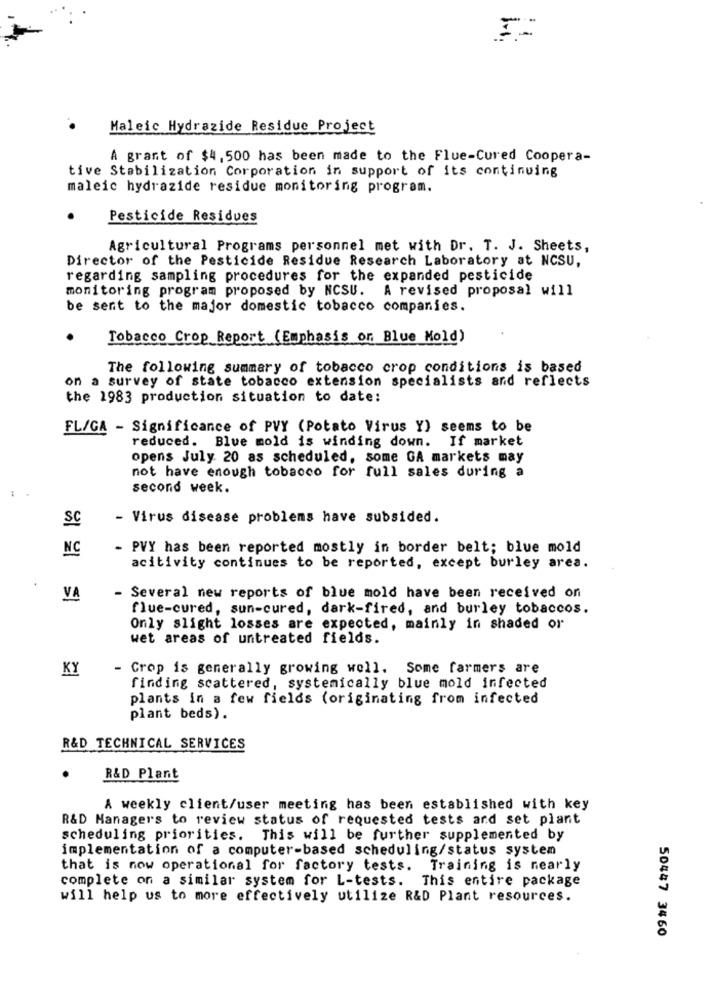
Maleic Hydrazide Residue Project
A grant of $4,500 has been made to the Flue-Cured Coopera-
tive Stabilization Corporation in support of its continuing
maleic hydrazide residue monitoring program.
Pesticide Residues
Agricultural Programs personnel met with Dr. T. J. Sheets,
Director of the Pesticide Residue Research Laboratory at NCSU,
regarding sampling procedures for the expanded pesticide
monitoring program proposed by NCSU. A revised proposal will
be sent to the major domestic tobacco companies.
Tobacco Crop Report (Emphasis on Blue Mold)
The following summary of tobacco crop conditions is based
on a survey of state tobacco extension specialists and reflects
the 1983 production situation to date:
FL/GA - Significance of PVY (Potato Virus Y) seems to be
reduced. Blue mold is winding down. If market
opens July 20 as scheduled, some GA markets may
not have enough tobacco for full sales during a
second week.
SC
- Virus disease problems have subsided.
NC
- PVY has been reported mostly in border belt; blue mold
acitivity continues to be reported, except burley area.
VA
Several new reports of blue mold have been received on
flue-cured, sun-cured, dark-fired, and burley tobaccos.
Only slight losses are expected, mainly in shaded or
wet areas of untreated fields.
KY
- Crop is generally growing well. Some farmers are
finding scattered, systemically blue mold infected
plants in a few fields (originating from infected
plant beds).
R&D TECHNICAL SERVICES
R&D Plant
A weekly client/user meeting has been established with key
R&D Managers to review status of requested tests and set plant
scheduling priorities. This will be further supplemented by
implementation of a computer-based scheduling/status system
that is now operational for factory tests. Training is nearly
complete on a similar system for L-tests. This entire package
will help us to more effectively utilize R&D Plant resources.
50447 3460